Vaccination in the Punjab 1905-1918 - 1905-1918
Year: 1905
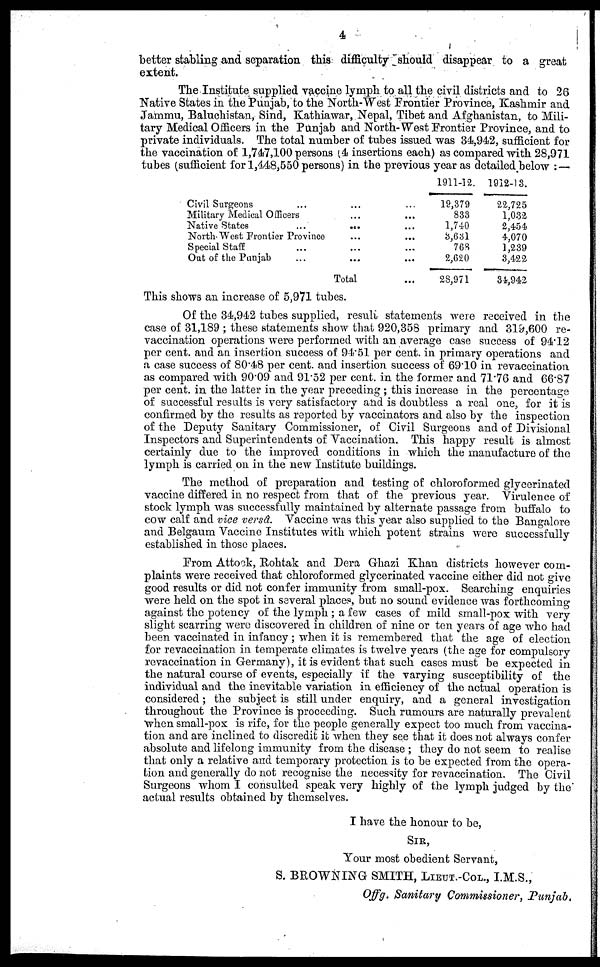
4
better stabling and separation this difficulty should disappear to a great
extent.
The Institute supplied vaccine lymph to all the civil districts and to 26
Native States in the Punjab, to the North-West Frontier Province, Kashmir and
Jammu, Baluchistan, Sind, Kathiawar, Nepal, Tibet and Afghanistan, to Mili-
tary Medical Officers in the Punjab and North-West Frontier Province, and to
private individuals. The total number of tubes issued was 34,942, sufficient for
the vaccination of 1,747,100 persons (4 insertions each) as compared with 28,971
tubes (sufficient for 1,448,550 persons) in the previous year as detailed below : —
Civil Surgeons ... ... ...
Military Medical Officers ... ...
Native States
...
... ...
North-West Frontier Province ... ...
Special Staff ... ... ...
Out of the Punjab ... ... ...
Total ...
1911-12.
19,379
833
1,740
3,631
768
2,620
28,971
1912-13.
22,725
1,032
2,454
4,070
1,239
3,422
34,942
This shows an increase of 5,971 tubes.
Of the 34,942 tubes supplied, result statements were received in the
case of 31,189 ; these statements show that 920,358 primary and 319,600 re-
vaccination operations were performed with an average case success of 94.12
per cent. and an insertion success of 94.51 per cent. in primary operations and
a case success of 80.48 per cent. and insertion success of 69.10 in revaccination
as compared with 90.09 and 91.52 per cent. in the former and 71.76 and 66.87
per cent. in the latter in the year preceding ; this increase in the percentage
of successful results is very satisfactory and is doubtless a real one, for it is
confirmed by the results as reported by vaccinators and also by the inspection
of the Deputy Sanitary Commissioner, of Civil Surgeons and of Divisional
Inspectors and Superintendents of Vaccination. This happy result is almost
certainly due to the improved conditions in which the manufacture of the
lymph is carried on in the new Institute buildings.
The method of preparation and testing of chloroformed glycerinated
vaccine differed in no respect from that of the previous year. Virulence of
stock lymph was successfully maintained by alternate passage from buffalo to
cow calf and vice versâ. Vaccine was this year also supplied to the Bangalore
and Belgaum Vaccine Institutes with which potent strains were successfully
established in those places.
From Attook, Rohtak and Dera Ghazi Khan districts however com-
plaints were received that chloroformed glycerinated vaccine either did not give
good results or did not confer immunity from small-pox. Searching enquiries
were held on the spot in several places, but no sound evidence was forthcoming
against the potency of the lymph ; a few cases of mild small-pox with very
slight scarring were discovered in children of nine or ten years of age who had
been vaccinated in infancy ; when it is remembered that the age of election
for revaccination in temperate climates is twelve years (the age for compulsory
revaccination in Germany), it is evident that such cases must be expected in
the natural course of events, especially if the varying susceptibility of the
individual and the inevitable variation in efficiency of the actual operation is
considered; the subject is still under enquiry, and a general investigation
throughout the Province is proceeding. Such rumours are naturally prevalent
when small-pox is rife, for the people generally expect too much from vaccina-
tion and are inclined to discredit it when they see that it does not always confer
absolute and lifelong immunity from the disease ; they do not seem to realise
that only a relative and temporary protection is to be expected from the opera-
tion and generally do not recognise the necessity for revaccination. The Civil
Surgeons whom I consulted speak very highly of the lymph judged by the
actual results obtained by themselves.
I have the honour to be,
SIR,
Your most obedient Servant,
S. BROWNING SMITH, LIEUT.-COL., I.M.S.,
Offg. Sanitary Commissioner, Punjab.